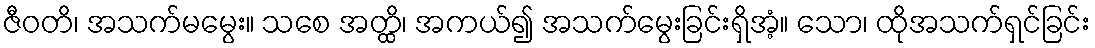
ဇီဝတိ၊ အသက်မမွေး။ သစေ အတ္ထိ၊ အကယ်၍ အသက်မွေးခြင်းရှိအံ့။ သော၊ ထိုအသက်ရှင်ခြင်း